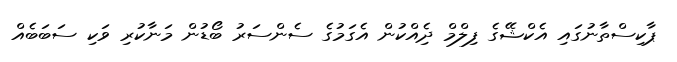
ޕާކިސްތާނުގައި އެކްޝޭގެ ފިލްމް ދިެއްކުން އެގަމުގެ ސެންސަރު ބޯޑުން މަނާކުރި ވަކި ސަބަބެއް